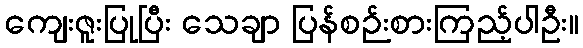
ကျေးဇူးပြုပြီး သေချာ ပြန်စဉ်းစားကြည့်ပါဦး။